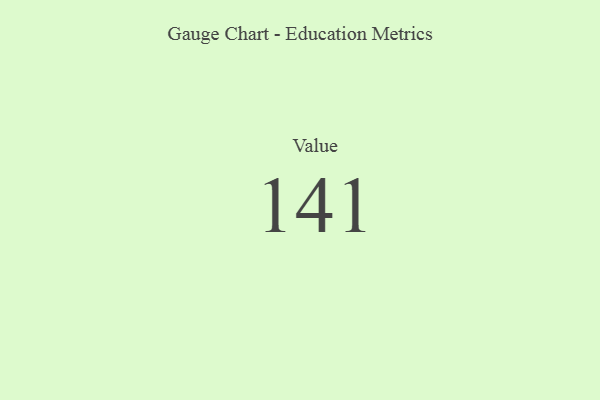
{"axis": {"x": "Metric", "y": "Value"}, "legend": [""], "data": [{"x": "Value", "y": 141, "type": ""}]}